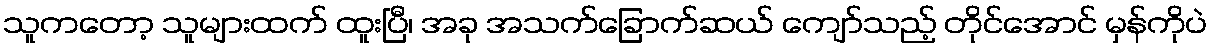
သူကတော့ သူများထက် ထူးပြီ၊ အခု အသက်ခြောက်ဆယ် ကျော်သည့် တိုင်အောင် မှန်ကိုပဲ